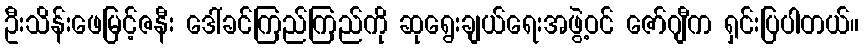
ဦးသိန်းဖေမြင့်ဇနီး ဒေါ်ခင်ကြည်ကြည်ကို ဆုရွေးချယ်ရေးအဖွဲ့ဝင် ဇော်ဂျီက ရှင်းပြပါတယ်။